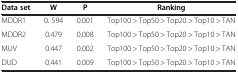
<table><thead><tr><td><b>Data set</b></td><td><b>W</b></td><td><b>P</b></td><td><b>Ranking</b></td></tr></thead><tbody><tr><td>MDDR1</td><td>0. 594</td><td>0.001</td><td>Top100 &gt; Top50 &gt; Top20 &gt; Top10 &gt; TAN</td></tr><tr><td>MDDR2</td><td>0.479</td><td>0.008</td><td>Top100 &gt; Top50 &gt; Top20 &gt; Top10 &gt; TAN</td></tr><tr><td>MUV</td><td>0.447</td><td>0.002</td><td>Top100 &gt; Top50 &gt; Top20 &gt; Top10 &gt; TAN</td></tr><tr><td>DUD</td><td>0.441</td><td>0.009</td><td>Top100 &gt; Top50 &gt; Top20 &gt; Top10 &gt; TAN</td></tr></tbody></table>